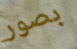
بصور